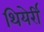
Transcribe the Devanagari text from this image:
थियेर्री